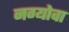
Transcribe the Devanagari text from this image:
नग्योवा